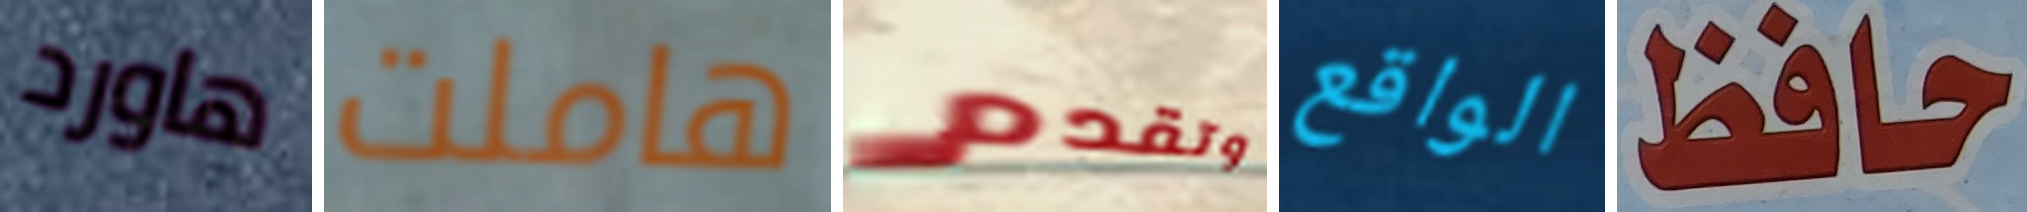
هاورد هاملت وتقدم الواقع حافظ